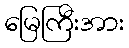
မြေကြီးအား